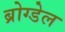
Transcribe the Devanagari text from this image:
ब्रोग्डेल